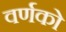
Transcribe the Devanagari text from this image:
वर्णको